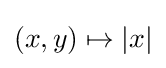
(x,y)\mapsto |x|